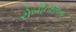
રોબીનસનના